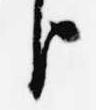
臣